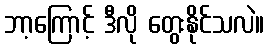
ဘာ့ကြောင့် ဒီလို တွေးနိုင်သလဲ။